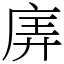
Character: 㢅